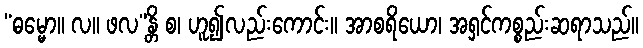
“ဓမ္မော။ လ။ ဖလ”န္တိ စ၊ ဟူ၍လည်းကောင်း။ အာစရိယော၊ အရှင်ကစ္စည်းဆရာသည်။